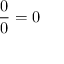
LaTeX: { \frac { 0 } { 0 } } = 0